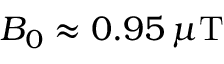
B _ { 0 } \approx 0 . 9 5 \, \mu \mathrm { T }